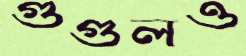
গুগুলও